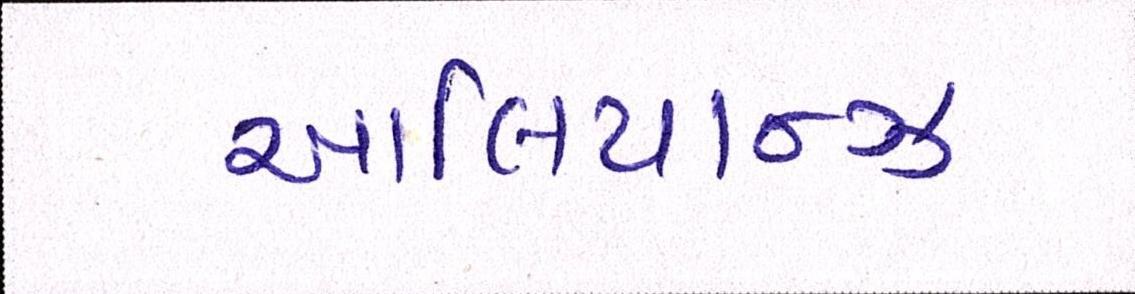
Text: આલિયાન્ઝ